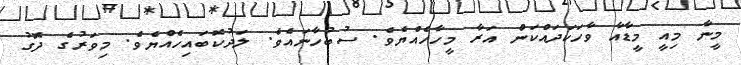
މީނާ މިއީ މީޑާއާ ވާހަކަދައްކަން އަރާ މީހާހެއްޔެވެ. ސުބުހާނައެވެ. ލަދުކޮބައިހެއްޔެވެ. މިވަރުގެ ދޮގު